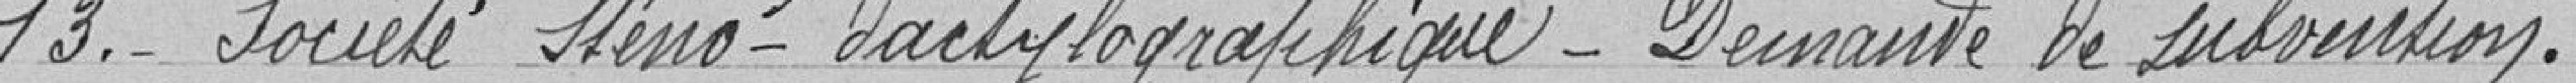
13. Société Sténo-dactylographique - Demande de subvention.